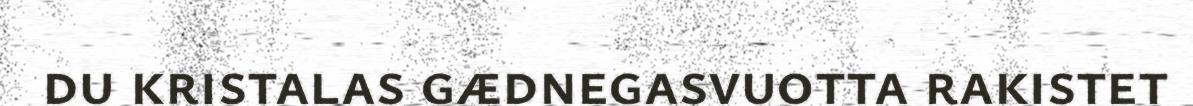
du kristalas gædnegasvuotta rakistet